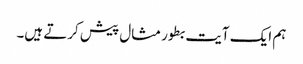
ہم ایک آیت بطور مثال پیش کرتے ہیں۔